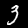
Label: 3